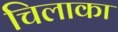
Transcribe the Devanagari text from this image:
चिलाका